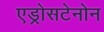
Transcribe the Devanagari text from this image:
एड्रोसटेनोन